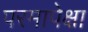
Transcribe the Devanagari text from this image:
परमापेक्षा